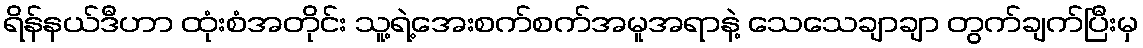
ရိန်နယ်ဒီဟာ ထုံးစံအတိုင်း သူ့ရဲ့အေးစက်စက်အမူအရာနဲ့ သေသေချာချာ တွက်ချက်ပြီးမှ